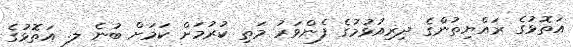
އަތޮޅުގެ ރައްޔިތުންގެ ދިރިއުޅުމުގެ ފެންވަރު މަތި ކުރުމަށް ކަމަށް ބުނެ ލ. އަތޮޅުގެ